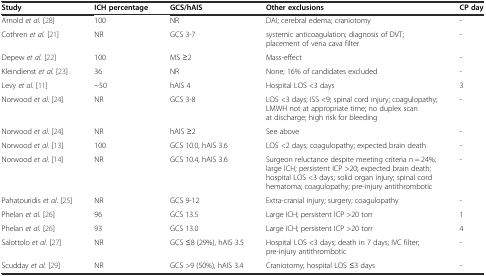
| Study | ICH percentage | GCS/hAIS | Other exclusions | CP day |
 | --- | --- | --- | --- | --- |
 | Arnold et al. [28] | 100 | NR | DAI; cerebral edema; craniotomy | - |
 | Cothren et al. [21] | NR | GCS 3-7 | systemic anticoagulation; diagnosis of DVT; placement of vena cava filter | - |
 | Depew et al. [22] | 100 | MS ≥2 | Mass-effect | - |
 | Kleindienst et al. [23] | 36 | NR | None; 16% of candidates excluded | - |
 | Levy et al. [11] | ~50 | hAIS 4 | Hospital LOS <3 days | 3 |
 | Norwood et al. [24] | NR | GCS 3-8 | LOS <3 days; ISS <9; spinal cord injury; coagulopathy; LMWH not at appropriate time; no duplex scan at discharge; high risk for bleeding | - |
 | Norwood et al. [24] | NR | hAIS ≥2 | See above | - |
 | Norwood et al. [13] | 100 | GCS 10.0, hAIS 3.6 | LOS <2 days; coagulopathy; expected brain death | - |
 | Norwood et al. [14] | NR | GCS 10.4, hAIS 3.6 | Surgeon reluctance despite meeting criteria n = 24%; large ICH; persistent ICP >20; expected brain death; hospital LOS <3 days; solid organ injury; spinal cord hematoma; coagulopathy; pre-injury antithrombotic | - |
 | Pahatouridis et al. [25] | NR | GCS 9-12 | Extra-cranial injury; surgery; coagulopathy | - |
 | Phelan et al. [26] | 96 | GCS 13.5 | Large ICH; persistent ICP >20 torr | 1 |
 | Phelan et al. [26] | 93 | GCS 13.0 | Large ICH; persistent ICP >20 torr | 4 |
 | Salottolo et al. [27] | NR | GCS ≤8 (29%), hAIS 3.5 | Hospital LOS <3 days; death in 7 days; IVC filter; pre-injury antithrombotic | - |
 | Scudday et al. [29] | NR | GCS >9 (50%), hAIS 3.4 | Craniotomy; hospital LOS ≤3 days | - |